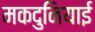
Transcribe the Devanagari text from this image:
मकदुनियाई